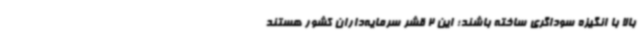
بالا با انگیزه سوداگری ساخته باشند؛ این 2 قشر سرمایه‌داران کشور هستند